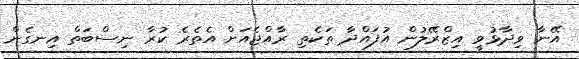
އޭނާ ވިދާޅުވީ އިޒްރޭލުން އުފައްދާ ތަކެތި ރާއްޖެއަށް އެތެރެ ކުރާ ނިސްބަތް އިނގެން